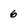
Character: 6